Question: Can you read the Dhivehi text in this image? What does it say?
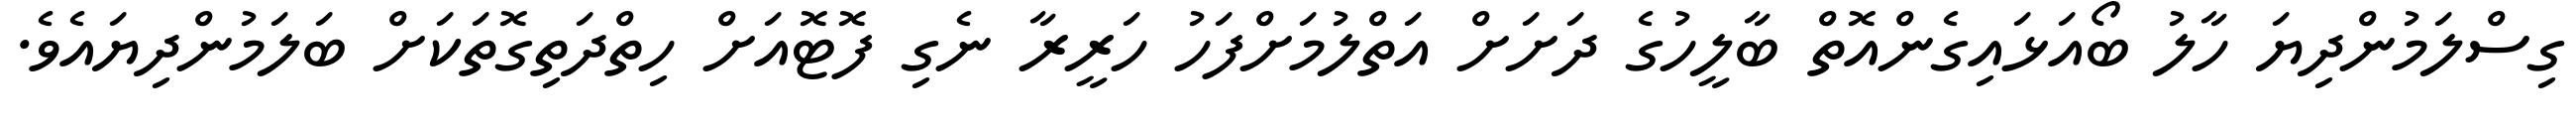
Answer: ގިސްލަމުންދިޔަ ހާލު ބޯއަޅައިގެންއޮތް ބާލީހުގެ ދަށަށް އަތްލުމަށްފަހު ހަރީރާ ނެގި ފޮޓޮއަށް ހިތްދަތިގޮތަކަށް ބަލަމުންދިޔައެވެ.